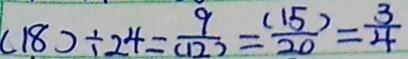
( 1 8 ) \div 2 4 = \frac { 9 } { ( 1 2 ) } = \frac { ( 1 5 } { 2 0 } ) = \frac { 3 } { 4 }